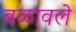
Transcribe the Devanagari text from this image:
बळावले